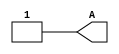
module stimulus (output reg A);

  initial begin
    // input is x
    #0  A = 1'bx;
     // input is z
    #10 A = 1'bz;
    // one input is a zero
    #10 A = 1'b0;
    // one input is a one
    #10 A = 1'b1;
  end

endmodule